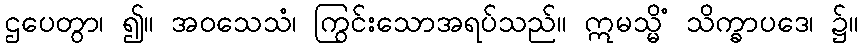
ဌပေတွာ၊ ၍။ အဝသေသံ၊ ကြွင်းသောအရပ်သည်။ ဣမသ္မိံ သိက္ခာပဒေ၊ ၌။